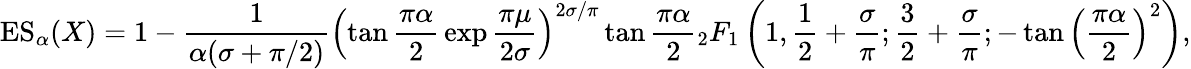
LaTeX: \operatorname{ES}_{\alpha}(X)=1-{\frac{1}{\alpha(\sigma+{\pi/2})}}\left(\tan{\frac{\pi\alpha}{2}}\exp{\frac{\pi\mu}{2\sigma}}\right)^{2\sigma/\pi}\tan{\frac{\pi\alpha}{2}}{_{2}F_{1}}\left(1,{\frac{1}{2}}+{\frac{\sigma}{\pi}};{\frac{3}{2}}+{\frac{\sigma}{\pi}};-\tan\left({\frac{\pi\alpha}{2}}\right)^{2}\right),